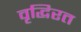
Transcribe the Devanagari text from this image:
वृद्धिरत